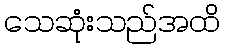
သေဆုံးသည်အထိ